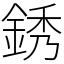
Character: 銹